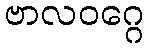
ဗာလဝဂ္ဂေ